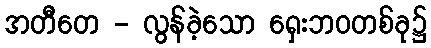
အတီတေ - လွန်ခဲ့သော ရှေးဘဝတစ်ခု၌